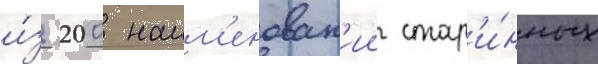
и́з 200 наим'енован'ии стар'и́нных